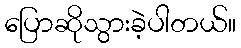
ပြောဆိုသွားခဲ့ပါတယ်။